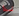
لذا